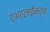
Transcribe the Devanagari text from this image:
एअरलाईनच्या